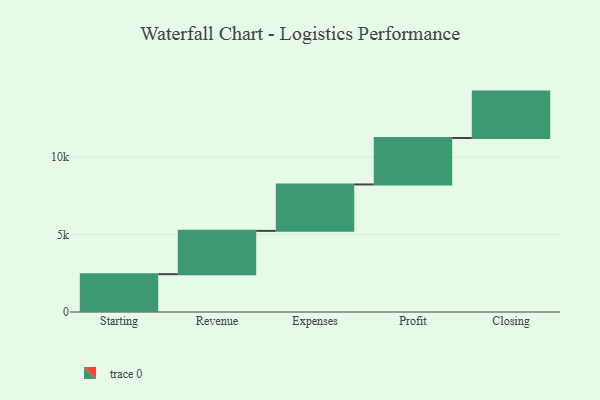
{"axis": {"x": "Step", "y": "Value"}, "legend": [""], "data": [{"x": "Starting", "y": 2445.0, "type": ""}, {"x": "Revenue", "y": 2798.0, "type": ""}, {"x": "Expenses", "y": 3000, "type": ""}, {"x": "Profit", "y": 3000, "type": ""}, {"x": "Closing", "y": 3000, "type": ""}]}